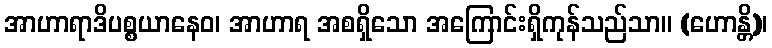
အာဟာရာဒိပစ္စယာနေဝ၊ အာဟာရ အစရှိသော အကြောင်းရှိကုန်သည်သာ။ (ဟောန္တိ)၊